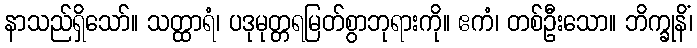
နာသည်ရှိသော်။ သတ္ထာရံ၊ ပဒုမုတ္တရမြတ်စွာဘုရားကို။ ဧကံ၊ တစ်ဦးသော။ ဘိက္ခုနိံ၊